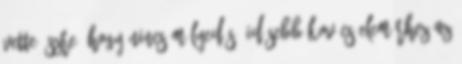
vette észre, hogy nincs mélyedés. Idősebb Kovács Elemérhez az